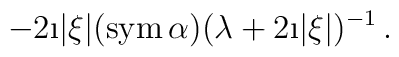
-2\i |\xi |({\rm sym}\, \alpha ) (\lambda +2\i |\xi |)^{-1}\, .